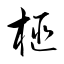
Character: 榧